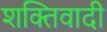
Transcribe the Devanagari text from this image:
शक्तिवादी